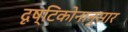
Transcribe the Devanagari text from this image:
दृष्टिकोनानुसार